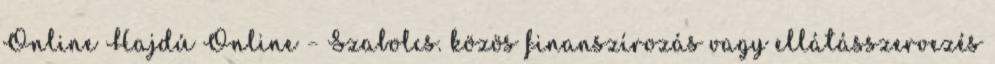
Online Hajdú Online – Szabolcs. közös finanszírozás vagy ellátásszervezés